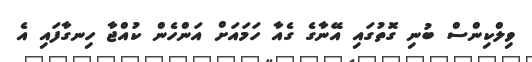
ވިލްކިންސް ބުނި ގޮތުގައި އޭނާގެ ގެއާ ހަމައަށް އަންހެން ކުއްޖާ ހިނގާފައި އެ